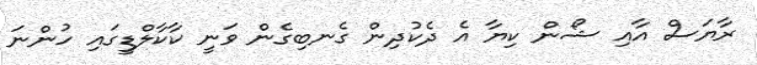
ރާޔަސް އާއި ޝޯން ކިޔާ އެ ދެކުދިން ގެނބިގެން ވަނީ ކާކާލްޑީގައި ހުންނަ